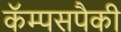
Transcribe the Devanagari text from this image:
कॅम्पसपैकी